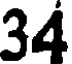
34